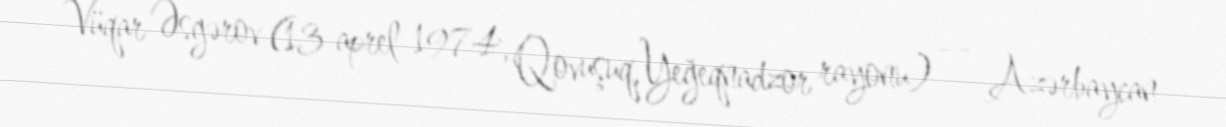
Vüqar Əsgərov (13 aprel 1974, Qovuşuq, Yeğeqnadzor rayonu) — Azərbaycan